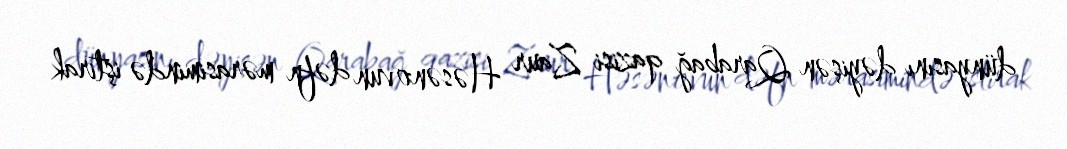
dünyasını dəyişən Qarabağ qazisi Zaur Həsənovun dəfn mərasimində iştirak